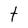
Character: t